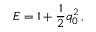
E = 1 + { \frac { 1 } { 2 } } q _ { 0 } ^ { 2 } \, ,